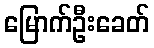
မြောက်ဦးခေတ်